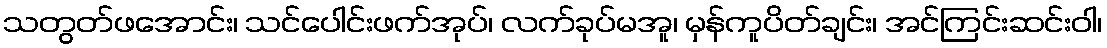
သတွတ်ဖအောင်း၊ သင်ပေါင်းဖက်အုပ်၊ လက်ခုပ်မအူ၊ မှန်ကူပိတ်ချင်း၊ အင်ကြင်းဆင်းဝါ၊